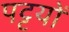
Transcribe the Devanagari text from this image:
पट्टयों